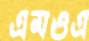
এমওএ